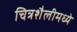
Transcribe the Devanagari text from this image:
चित्रशैलीमध्ये